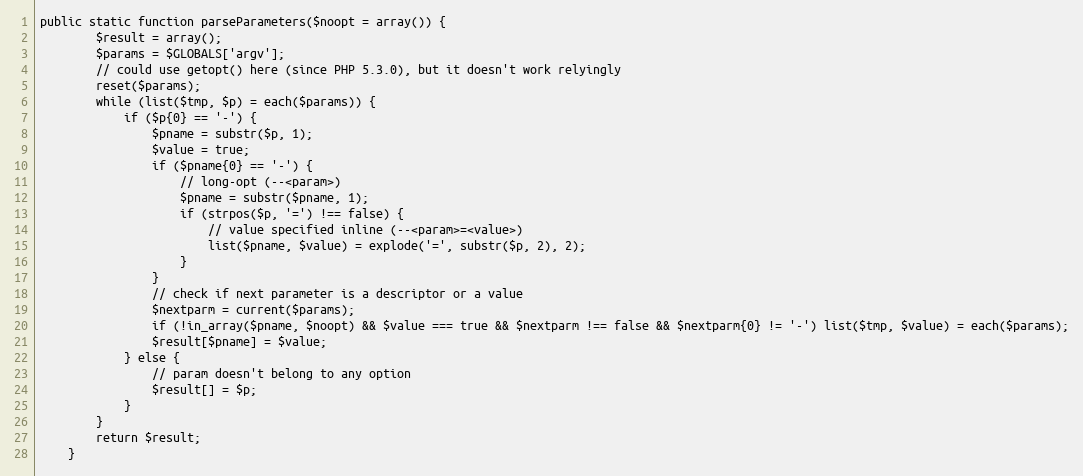
Language: PHP
public static function parseParameters($noopt = array()) {
        $result = array();
        $params = $GLOBALS['argv'];
        // could use getopt() here (since PHP 5.3.0), but it doesn't work relyingly
        reset($params);
        while (list($tmp, $p) = each($params)) {
            if ($p{0} == '-') {
                $pname = substr($p, 1);
                $value = true;
                if ($pname{0} == '-') {
                    // long-opt (--<param>)
                    $pname = substr($pname, 1);
                    if (strpos($p, '=') !== false) {
                        // value specified inline (--<param>=<value>)
                        list($pname, $value) = explode('=', substr($p, 2), 2);
                    }
                }
                // check if next parameter is a descriptor or a value
                $nextparm = current($params);
                if (!in_array($pname, $noopt) && $value === true && $nextparm !== false && $nextparm{0} != '-') list($tmp, $value) = each($params);
                $result[$pname] = $value;
            } else {
                // param doesn't belong to any option
                $result[] = $p;
            }
        }
        return $result;
    }